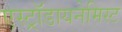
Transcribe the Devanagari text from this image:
एस्ट्राॅडायनेमिस्ट